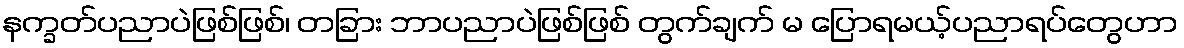
နက္ခတ်ပညာပဲဖြစ်ဖြစ်၊ တခြား ဘာပညာပဲဖြစ်ဖြစ် တွက်ချက် မ ပြောရမယ့်ပညာရပ်တွေဟာ